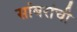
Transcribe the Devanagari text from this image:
सांबरांची